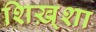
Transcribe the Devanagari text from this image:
शिख़्शा